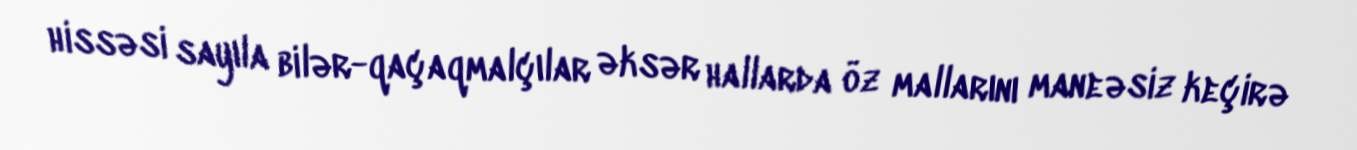
hissəsi sayıla bilər-qaçaqmalçılar əksər hallarda öz mallarını maneəsiz keçirə